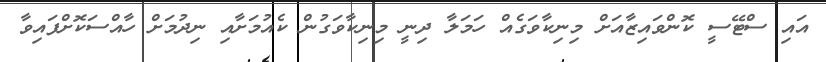
އައި ސްޓޭސީ ކޮންވައިޒާއަށް މިނިކާވަގެއް ހަމަލާ ދިނީ މިނިކާވަގުން ކެއުމަށާއި ނިދުމަށް ހާއްސަކޮށްފައިވާ